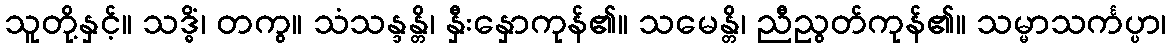
သူတို့နှင့်။ သဒ္ဓိံ၊ တကွ။ သံသန္ဒန္တိ၊ နှီးနှောကုန်၏။ သမေန္တိ၊ ညီညွတ်ကုန်၏။ သမ္မာသင်္ကပ္ပာ၊